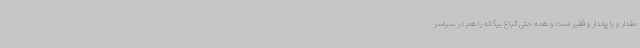
مقدار و یا پولدار و فقیر است و همه حتی اتباع بیگانه را هم در سراسر